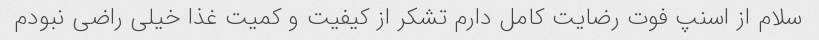
سلام از اسنپ فوت رضایت کامل دارم تشکر از کیفیت و کمیت غذا خیلی راضی نبودم